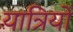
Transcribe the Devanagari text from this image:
यात्रियोँ